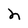
Character: h